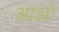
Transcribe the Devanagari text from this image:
आझो